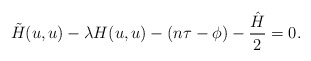
\begin{align*}{\tilde H}(u,u)-\lambda H(u,u)-(n\tau-\phi)-\frac{{\hat H}}{2}=0.\end{align*}